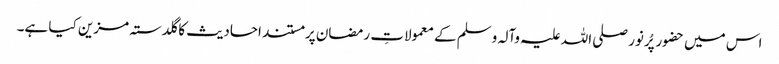
اس میں حضور پُرنور صلی اللہ علیہ وآلہ وسلم کے معمولاتِ رمضان پر مستند احادیث کا گلدستہ مزین کیا ہے۔